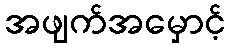
အဖျက်အမှောင့်